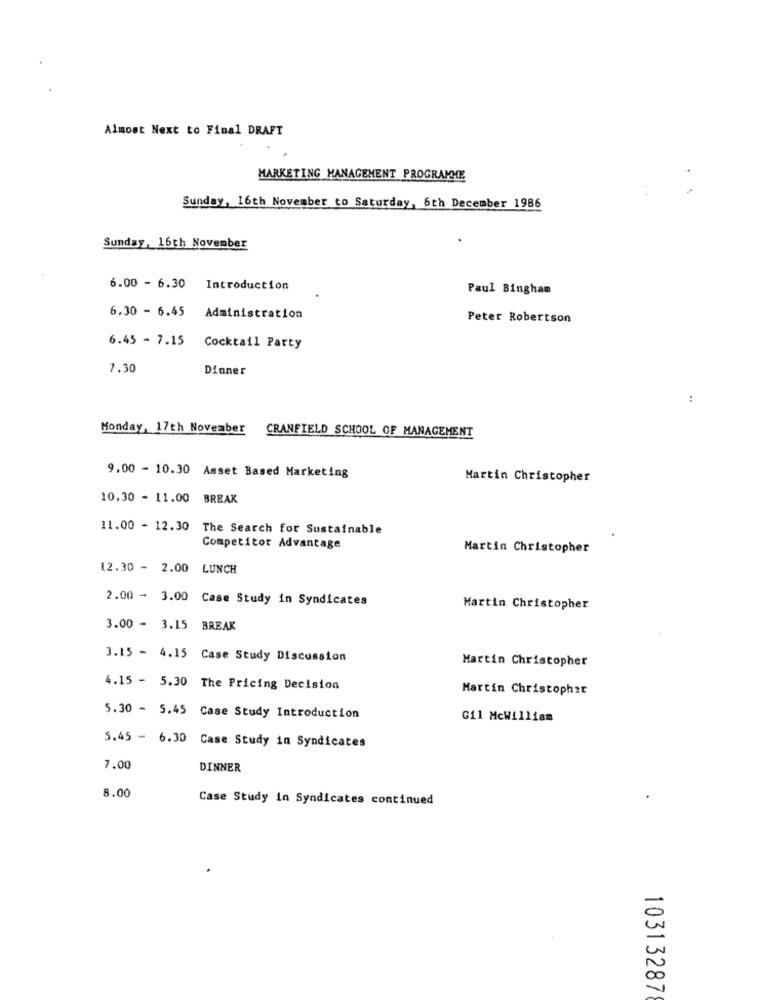
Almost Next to Final DRAFT
MARKETING MANAGEMENT PROGRAMME
Sunday, 16th November to Saturday, 6th December 1986
Sunday, 16th November
6.00 - 6.30
Introduction
Paul Bingham
6.30 - 6.45
Administration
Peter Robertson
6.45 - 7.15
Cocktail Party
7.30
Dinner
:
Monday, 17th November CRANFIELD SCHOOL OF MANAGEMENT
9.00 - 10.30 Asset Based Marketing
Martin Christopher
10,30 - 11.00
BREAK
11.00 - 12.30 The Search for Sustainable
Competitor Advantage
Martin Christopher
12.30 - 2.00 LUNCH
2.00 - 3.00 Case Study in Syndicates
Martin Christopher
3.00 - 3.15 BREAK
3.15 - 4.15 Case Study Discussion
Martin Christopher
4.15 - 5.30 The Pricing Decision
Martin Christopher
5.30 - 5.45 Case Study Introduction
G11 McWilliam
5.45 - 6.30 Case Study in Syndicates
7.00
DINNER
8.00
Case Study In Syndicates continued
10313287